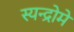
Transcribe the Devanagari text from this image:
स्यन्द्रोमे